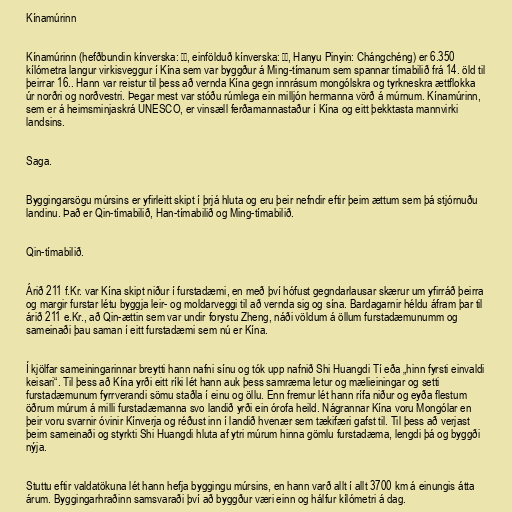
Kínamúrinn

Kínamúrinn (hefðbundin kínverska: 長城, einfölduð kínverska: 长城, Hanyu Pinyin: Chángchéng) er 6.350
kílómetra langur virkisveggur í Kína sem var byggður á Ming-tímanum sem spannar tímabilið frá 14. öld til
þeirrar 16.. Hann var reistur til þess að vernda Kína gegn innrásum mongólskra og tyrkneskra ættflokka
úr norðri og norðvestri. Þegar mest var stóðu rúmlega ein milljón hermanna vörð á múrnum. Kínamúrinn,
sem er á heimsminjaskrá UNESCO, er vinsæll ferðamannastaður í Kína og eitt þekktasta mannvirki
landsins.

Saga.

Byggingarsögu múrsins er yfirleitt skipt í þrjá hluta og eru þeir nefndir eftir þeim ættum sem þá stjórnuðu
landinu. Það er Qin-tímabilið, Han-tímabilið og Ming-tímabilið.

Qin-tímabilið.

Árið 211 f.Kr. var Kína skipt niður í furstadæmi, en með því hófust gegndarlausar skærur um yfirráð þeirra
og margir furstar létu byggja leir- og moldarveggi til að vernda sig og sína. Bardagarnir héldu áfram þar til
árið 211 e.Kr., að Qin-ættin sem var undir forystu Zheng, náði völdum á öllum furstadæmunumm og
sameinaði þau saman í eitt furstadæmi sem nú er Kína.

Í kjölfar sameiningarinnar breytti hann nafni sínu og tók upp nafnið Shi Huangdi Tí eða „hinn fyrsti einvaldi
keisari“. Til þess að Kína yrði eitt ríki lét hann auk þess samræma letur og mælieiningar og setti
furstadæmunum fyrrverandi sömu staðla í einu og öllu. Enn fremur lét hann rífa niður og eyða flestum
öðrum múrum á milli furstadæmanna svo landið yrði ein órofa heild. Nágrannar Kína voru Mongólar en
þeir voru svarnir óvinir Kínverja og réðust inn í landið hvenær sem tækifæri gafst til. Til þess að verjast
þeim sameinaði og styrkti Shi Huangdi hluta af ytri múrum hinna gömlu furstadæma, lengdi þá og byggði
nýja.

Stuttu eftir valdatökuna lét hann hefja byggingu múrsins, en hann varð allt í allt 3700 km á einungis átta
árum. Byggingarhraðinn samsvaraði því að byggður væri einn og hálfur kílómetri á dag.